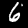
Digit: 6